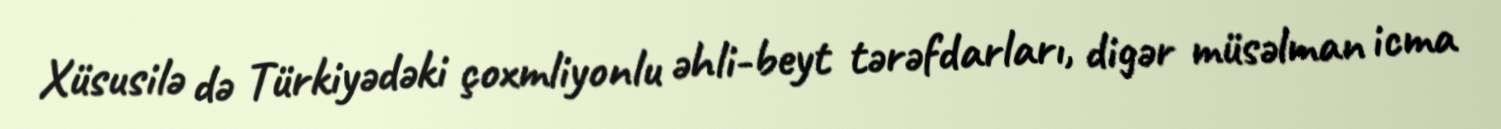
Xüsusilə də Türkiyədəki çoxmliyonlu əhli-beyt tərəfdarları, digər müsəlman icma